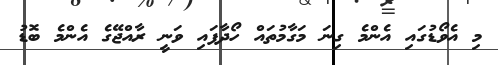
މި އެވޯޑުގައި އެންމެ ގިނަ މަގާމުތައް ހޯދާފައި ވަނީ ރާއްޖޭގެ އެންމެ ބޮޑު